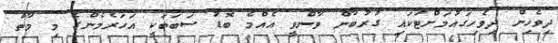
ދިވެހިން ދިވެހިގައުމަށްޓަކައި ގުރުބާން ވާންވީ އެއްމެ ބޮޑު ސަބަބަކީ އަހަރެމެންގެ މި މާތް